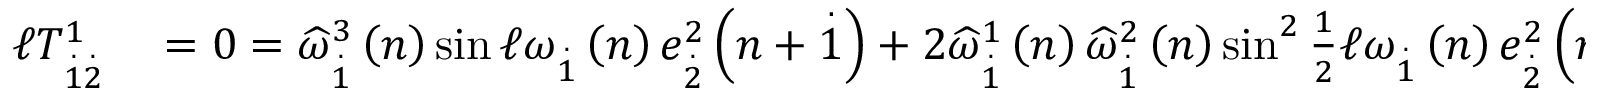
\begin{array} { r l } { \mathcal { \ell } T _ { \overset { . } { 1 } \overset { . } { 2 } } ^ { 1 } } & { { } = 0 = \widehat { \omega } _ { \overset { . } { 1 } } ^ { 3 } \left( n \right) \sin \mathcal { \ell } \omega _ { \overset { . } { 1 } } \left( n \right) e _ { \overset { . } { 2 } } ^ { 2 } \left( n + \overset { . } { 1 } \right) + 2 \widehat { \omega } _ { \overset { . } { 1 } } ^ { 1 } \left( n \right) \widehat { \omega } _ { \overset { . } { 1 } } ^ { 2 } \left( n \right) \sin ^ { 2 } \frac { 1 } { 2 } \mathcal { \ell } \omega _ { \overset { . } { 1 } } \left( n \right) e _ { \overset { . } { 2 } } ^ { 2 } \left( n + \overset { . } { 1 } \right) } \end{array}